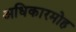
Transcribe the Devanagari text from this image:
अधिकारमोह